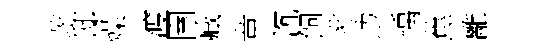
蒋邸燥渡圉臧章沉飼兆边瑀蕉離